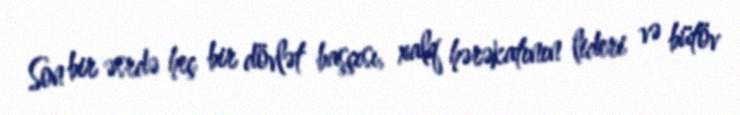
Son bir əsrdə heç bir dövlət başçısı, xalq hərəkatının lideri və bütöv